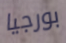
بورجيا